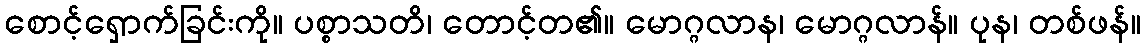
စောင့်ရှောက်ခြင်းကို။ ပစ္စာသတိ၊ တောင့်တ၏။ မောဂ္ဂလာန၊ မောဂ္ဂလာန်။ ပုန၊ တစ်ဖန်။